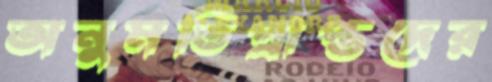
অনুমতিপ্রাপ্তদের